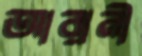
আরানী